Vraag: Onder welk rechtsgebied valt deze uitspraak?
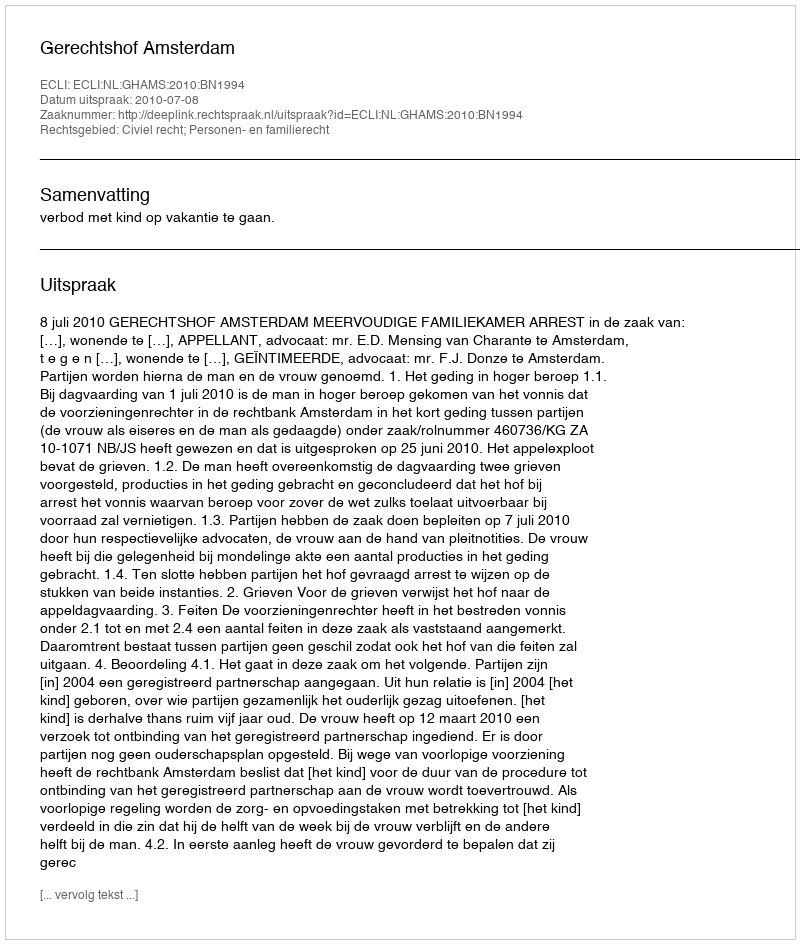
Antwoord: Civiel recht; Personen- en familierecht